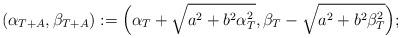
LaTeX: \begin{align*}(\alpha_{T+A},\beta_{T+A}) := \Big( \alpha_T + \sqrt{a^2+b^2\alpha_T^2}, \beta_T - \sqrt{a^2+b^2\beta_T^2} \Big); \end{align*}